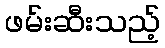
ဖမ်းဆီးသည့်